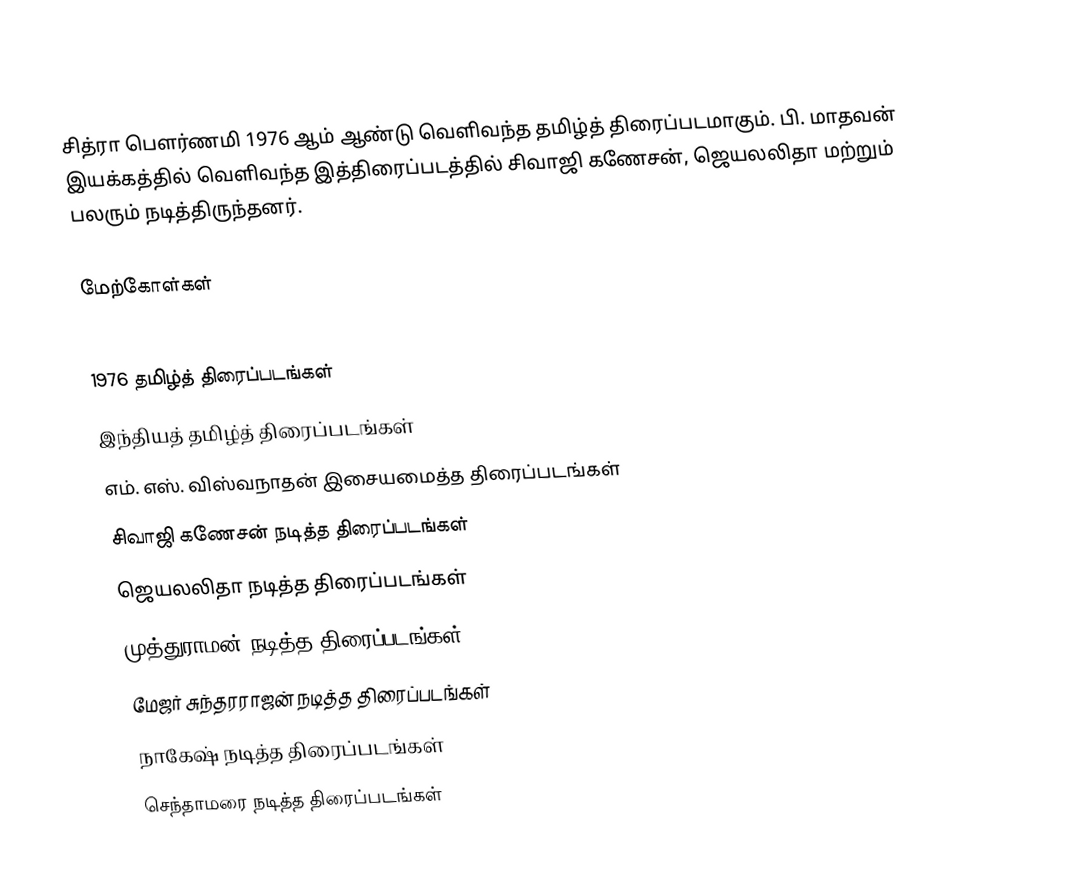
சித்ரா பௌர்ணமி 1976 ஆம் ஆண்டு வெளிவந்த தமிழ்த் திரைப்படமாகும். பி. மாதவன் இயக்கத்தில் வெளிவந்த இத்திரைப்படத்தில் சிவாஜி கணேசன், ஜெயலலிதா மற்றும் பலரும் நடித்திருந்தனர்.

மேற்கோள்கள்

1976 தமிழ்த் திரைப்படங்கள்
இந்தியத் தமிழ்த் திரைப்படங்கள்
எம். எஸ். விஸ்வநாதன் இசையமைத்த திரைப்படங்கள்
சிவாஜி கணேசன் நடித்த திரைப்படங்கள்
ஜெயலலிதா நடித்த திரைப்படங்கள்
முத்துராமன் நடித்த திரைப்படங்கள்
மேஜர் சுந்தரராஜன் நடித்த திரைப்படங்கள்
நாகேஷ் நடித்த திரைப்படங்கள்
செந்தாமரை நடித்த திரைப்படங்கள்